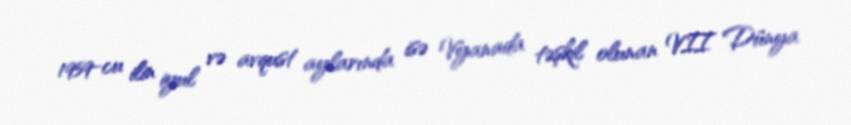
1959-cu ilin iyul və avqust aylarında isə Vyanada təşkil olunan VII Dünya